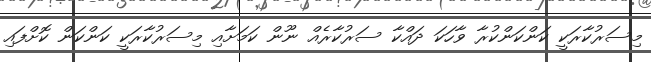
މިސަރުކާރަކީ ކަންކަންކުރާ ވާހަކަ ދައްކާ ސަރުކާރެއް ނޫން ކަމަށާއި މިސަރުކާރަކީ ކަންކަން ކޮށްފައި